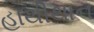
હાથીથાન